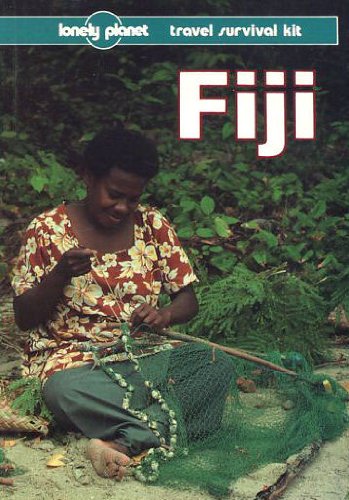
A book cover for Fiji: A Travel Survival Kit (Lonely Planet Travel Survival Kit); Rob Kay; Travel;